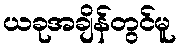
ယခုအချိန်တွင်မူ